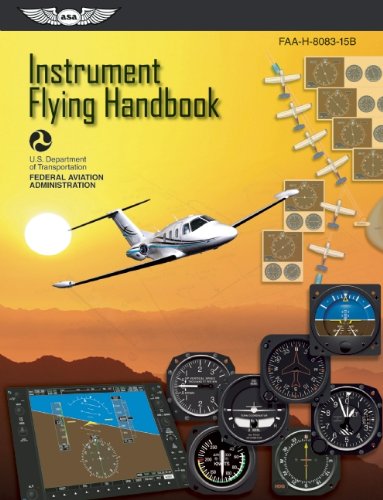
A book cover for Instrument Flying Handbook: ASA FAA-H-8083-15B (FAA Handbooks series); Federal Aviation Administration (FAA)/Aviation Supplies & Academics (ASA); Engineering & Transportation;